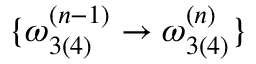
\{ \omega _ { 3 ( 4 ) } ^ { ( n - 1 ) } \rightarrow \omega _ { 3 ( 4 ) } ^ { ( n ) } \}